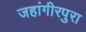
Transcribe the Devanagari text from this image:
जहांगीरपुरा